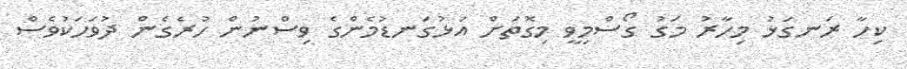
ކިހާ ރަނގަޅު މިހާރު މަގު ގޯސްމިވީ މިގޮތަށް އަޅުގަނޑުމެންގެ ވިސްނުން ހުރެގެން ދުވަހަކުވެސް